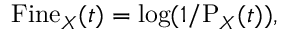
\mathrm { F i n e } _ { X } ( t ) = \log ( 1 / \mathrm { P } _ { X } ( t ) ) ,